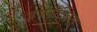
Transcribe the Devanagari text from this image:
इक्वीटेवल